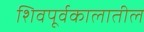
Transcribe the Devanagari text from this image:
शिवपूर्वकालातील